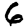
Digit: 6